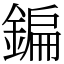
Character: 鍽